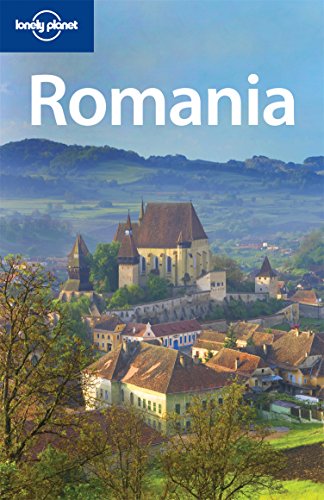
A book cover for Lonely Planet Romania (Country Travel Guide); Leif Pettersen; Travel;